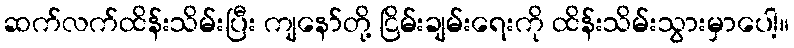
ဆက်လက်ထိန်းသိမ်းပြီး ကျနော်တို့ ငြိမ်းချမ်းရေးကို ထိန်းသိမ်းသွားမှာပေါ့။